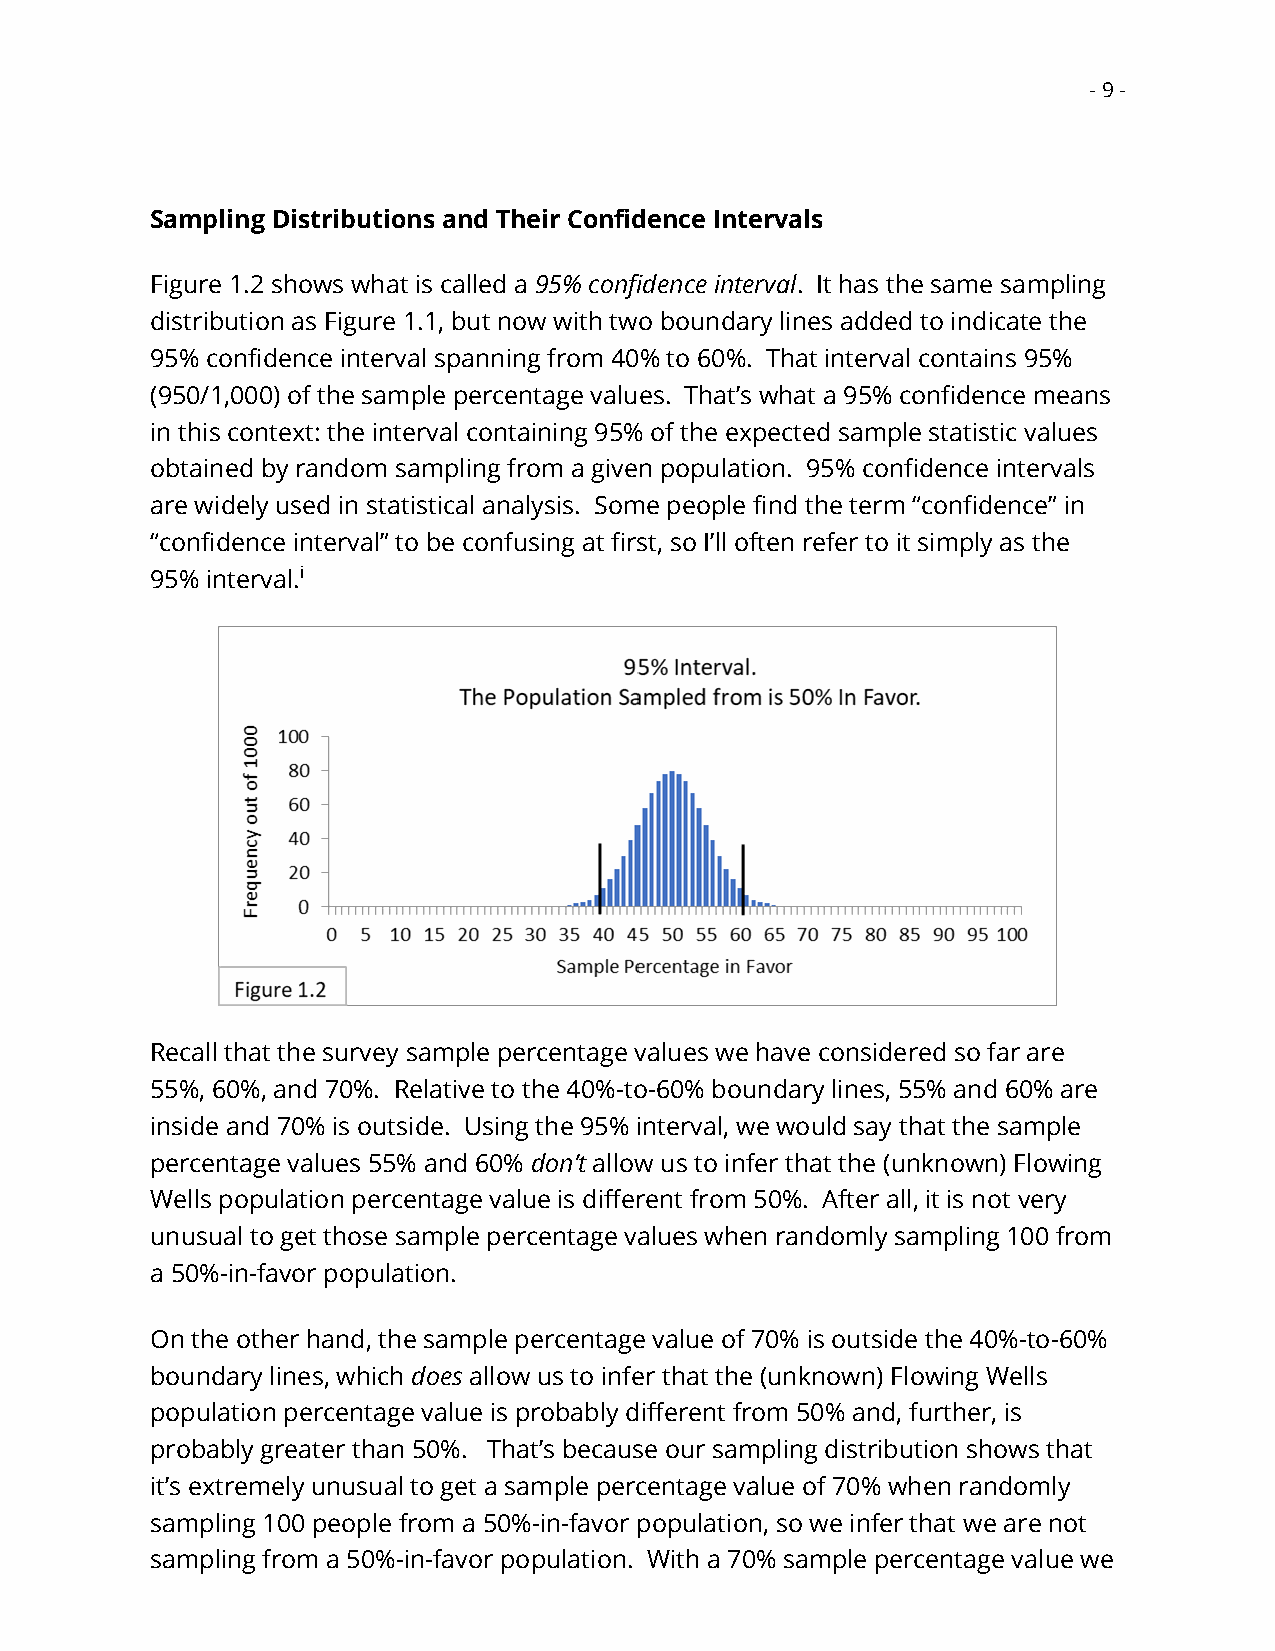
- 9 -
 Sampling Distributions and Their Confidence Intervals
 Figure 1.2 shows what is called a 95% confidence interval. It has the same sampling
 distribution as Figure 1.1, but now with two boundary lines added to indicate the
 95% confidence interval spanning from 40% to 60%. That interval contains 95%
 (950/1,000) of the sample percentage values. That’s what a 95% confidence means
 in this context: the interval containing 95% of the expected sample statistic values
 obtained by random sampling from a given population. 95% confidence intervals
 are widely used in statistical analysis. Some people find the term “confidence” in
 “confidence interval” to be confusing at first, so I’ll often refer to it simply as the
 95% interval.i
 Recall that the survey sample percentage values we have considered so far are
 55%, 60%, and 70%. Relative to the 40%-to-60% boundary lines, 55% and 60% are
 inside and 70% is outside. Using the 95% interval, we would say that the sample
 percentage values 55% and 60% don’t allow us to infer that the (unknown) Flowing
 Wells population percentage value is different from 50%. After all, it is not very
 unusual to get those sample percentage values when randomly sampling 100 from
 a 50%-in-favor population.
 On the other hand, the sample percentage value of 70% is outside the 40%-to-60%
 boundary lines, which does allow us to infer that the (unknown) Flowing Wells
 population percentage value is probably different from 50% and, further, is
 probably greater than 50%. That’s because our sampling distribution shows that
 it’s extremely unusual to get a sample percentage value of 70% when randomly
 sampling 100 people from a 50%-in-favor population, so we infer that we are not
 sampling from a 50%-in-favor population. With a 70% sample percentage value we